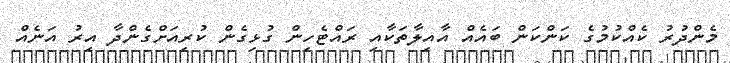
މެންދުރު ކެއްކުމުގެ ކަންކަން ބައެއް އާއިލާތަކާއި ރައްޓެހިން ގުޅިގެން ކުރިއަށްގެންދާ އިރު އަނެއް